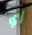
أي